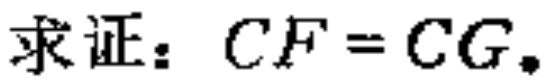
求证：$CF = CG$。